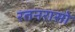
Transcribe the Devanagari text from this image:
रतनरासो